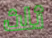
ثلث